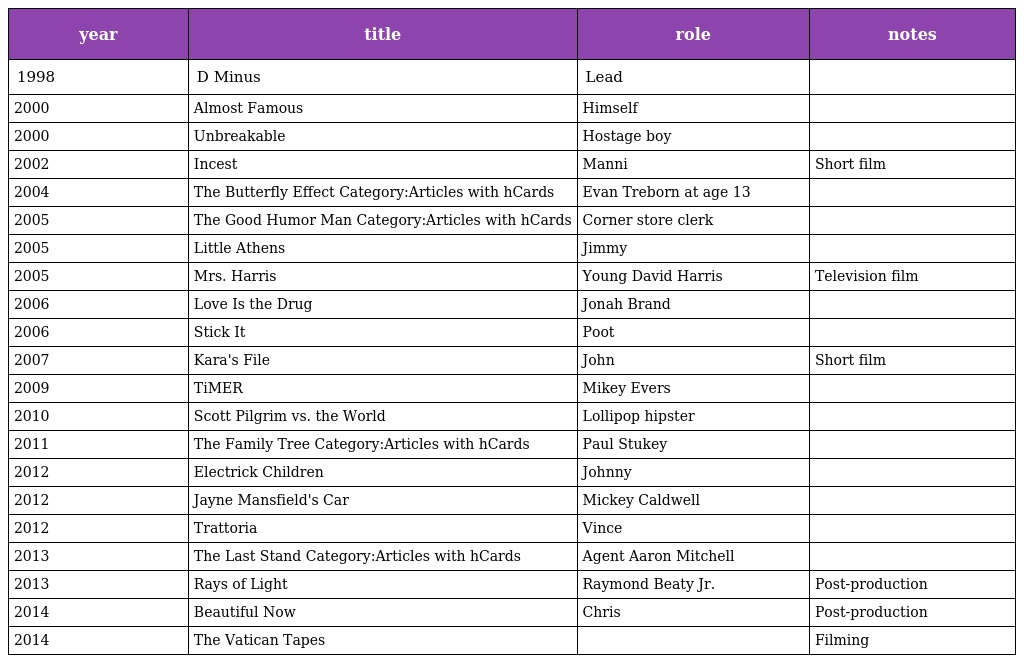
| year | title | role | notes |
 | --- | --- | --- | --- |
 | 1998 | D Minus | Lead |  |
 | 2000 | Almost Famous | Himself |  |
 | 2000 | Unbreakable | Hostage boy |  |
 | 2002 | Incest | Manni | Short film |
 | 2004 | The Butterfly Effect Category:Articles with hCards | Evan Treborn at age 13 |  |
 | 2005 | The Good Humor Man Category:Articles with hCards | Corner store clerk |  |
 | 2005 | Little Athens | Jimmy |  |
 | 2005 | Mrs. Harris | Young David Harris | Television film |
 | 2006 | Love Is the Drug | Jonah Brand |  |
 | 2006 | Stick It | Poot |  |
 | 2007 | Kara's File | John | Short film |
 | 2009 | TiMER | Mikey Evers |  |
 | 2010 | Scott Pilgrim vs. the World | Lollipop hipster |  |
 | 2011 | The Family Tree Category:Articles with hCards | Paul Stukey |  |
 | 2012 | Electrick Children | Johnny |  |
 | 2012 | Jayne Mansfield's Car | Mickey Caldwell |  |
 | 2012 | Trattoria | Vince |  |
 | 2013 | The Last Stand Category:Articles with hCards | Agent Aaron Mitchell |  |
 | 2013 | Rays of Light | Raymond Beaty Jr. | Post-production |
 | 2014 | Beautiful Now | Chris | Post-production |
 | 2014 | The Vatican Tapes |  | Filming |